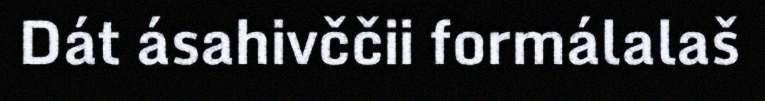
Dát ásahivččii formálalaš